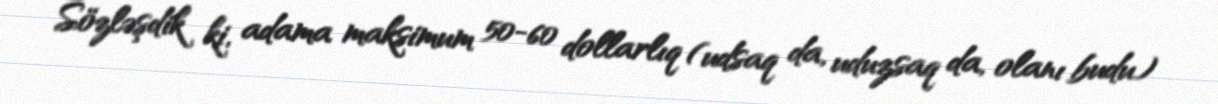
Sözləşdik ki, adama maksimum 50-60 dollarlıq (udsaq da, uduzsaq da, olanı budu)